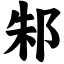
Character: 邾